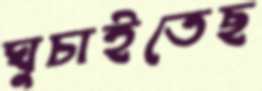
ঘুচাইতেছ